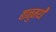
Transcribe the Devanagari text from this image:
बानुमथी